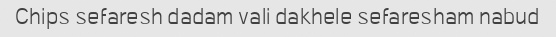
Chips sefaresh dadam vali dakhele sefaresham nabud